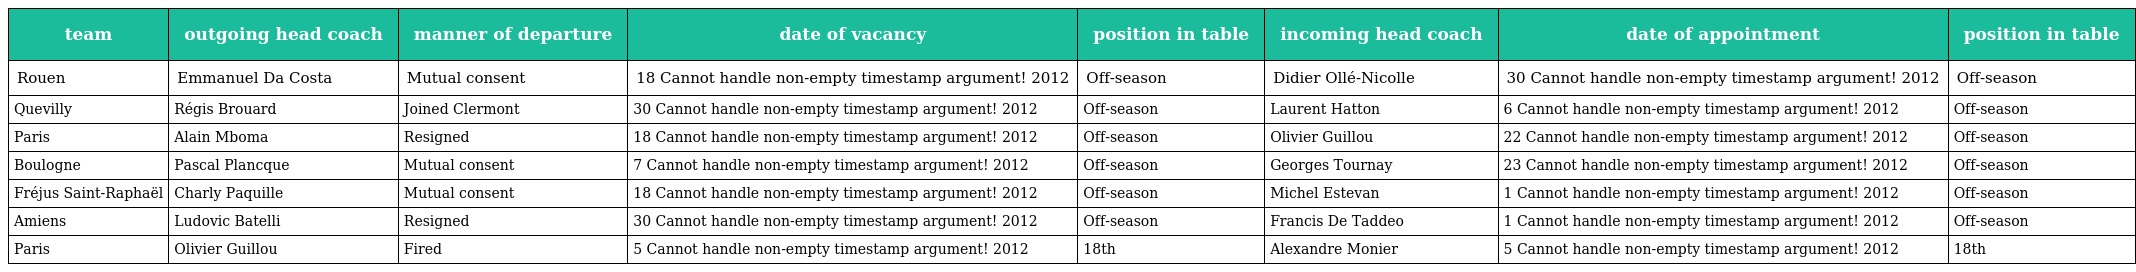
| team | outgoing head coach | manner of departure | date of vacancy | position in table | incoming head coach | date of appointment | position in table |
 | --- | --- | --- | --- | --- | --- | --- | --- |
 | Rouen | Emmanuel Da Costa | Mutual consent | 18 Cannot handle non-empty timestamp argument! 2012 | Off-season | Didier Ollé-Nicolle | 30 Cannot handle non-empty timestamp argument! 2012 | Off-season |
 | Quevilly | Régis Brouard | Joined Clermont | 30 Cannot handle non-empty timestamp argument! 2012 | Off-season | Laurent Hatton | 6 Cannot handle non-empty timestamp argument! 2012 | Off-season |
 | Paris | Alain Mboma | Resigned | 18 Cannot handle non-empty timestamp argument! 2012 | Off-season | Olivier Guillou | 22 Cannot handle non-empty timestamp argument! 2012 | Off-season |
 | Boulogne | Pascal Plancque | Mutual consent | 7 Cannot handle non-empty timestamp argument! 2012 | Off-season | Georges Tournay | 23 Cannot handle non-empty timestamp argument! 2012 | Off-season |
 | Fréjus Saint-Raphaël | Charly Paquille | Mutual consent | 18 Cannot handle non-empty timestamp argument! 2012 | Off-season | Michel Estevan | 1 Cannot handle non-empty timestamp argument! 2012 | Off-season |
 | Amiens | Ludovic Batelli | Resigned | 30 Cannot handle non-empty timestamp argument! 2012 | Off-season | Francis De Taddeo | 1 Cannot handle non-empty timestamp argument! 2012 | Off-season |
 | Paris | Olivier Guillou | Fired | 5 Cannot handle non-empty timestamp argument! 2012 | 18th | Alexandre Monier | 5 Cannot handle non-empty timestamp argument! 2012 | 18th |